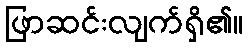
ဖြာဆင်းလျက်ရှိ၏။